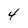
Character: 4